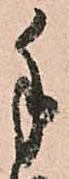
手